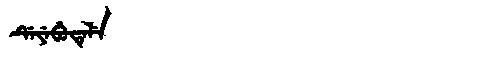
Manchu: ᡩᡝᠶᡝᠪᡠᡨᡝᠯᡝ
Romanization: DEYEBUTELE